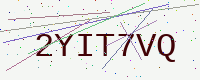
Text: 2YIT7VQ